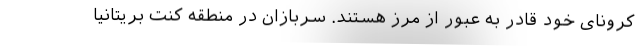
کرونای خود قادر به عبور از مرز هستند. سربازان در منطقه کنت بریتانیا